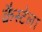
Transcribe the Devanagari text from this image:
कैस्टेला